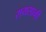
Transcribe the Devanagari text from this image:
रायसानी